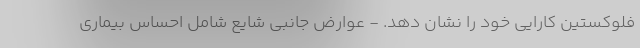
فلوکستین کارایی خود را نشان دهد. - عوارض جانبی شایع شامل احساس بیماری